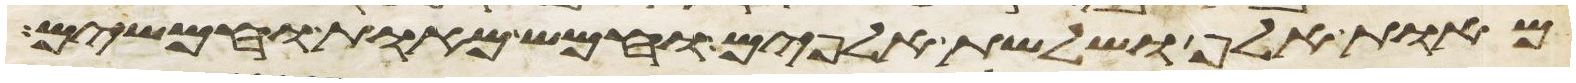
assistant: מאות אלף ושלשת אלפים וחמש מאות וחמשים